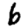
Digit: 6